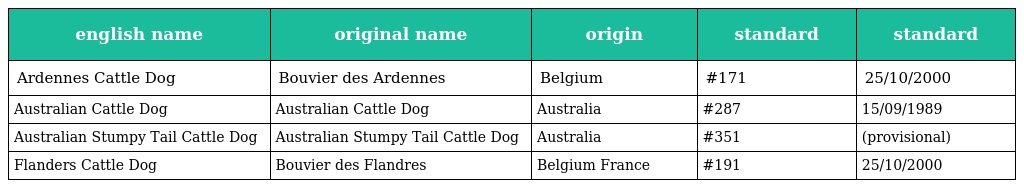
| english name | original name | origin | standard | standard |
 | --- | --- | --- | --- | --- |
 | Ardennes Cattle Dog | Bouvier des Ardennes | Belgium | #171 | 25/10/2000 |
 | Australian Cattle Dog | Australian Cattle Dog | Australia | #287 | 15/09/1989 |
 | Australian Stumpy Tail Cattle Dog | Australian Stumpy Tail Cattle Dog | Australia | #351 | (provisional) |
 | Flanders Cattle Dog | Bouvier des Flandres | Belgium France | #191 | 25/10/2000 |